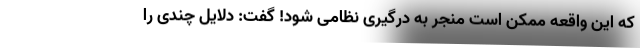
که این واقعه ممکن است منجر به درگیری نظامی شود! گفت: دلایل چندی را